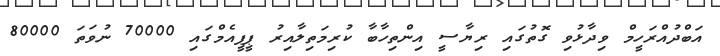
އަބްދުއްރަހީމް ވިދާޅުވި ގޮތުގައި ރިޔާސީ އިންތިހާބާ ކުރިމަތިލާއިރު ޕީޕީއެމްގައި 70000 ނުވަތަ 80000